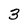
Character: 3